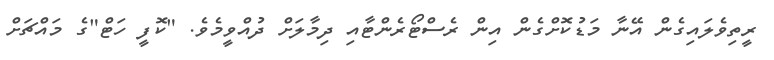
ރީތިވެލައިގެން އޭނާ މަޑުކޮށްގެން އިން ރެސްޓޯރެންޓާއި ދިމާލަށް ދުއްވީމެވެ. "ކޮފީ ހަޓް"ގެ މައްޗަށް